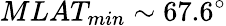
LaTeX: MLAT_{min}\sim 67.6^{\circ}